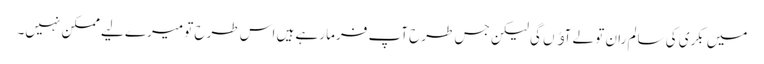
میں بکری کی سالم ران تو لے آﺅں گی لیکن جس طرح آپ فرما رہے ہیں اس طرح تو میرے لیے ممکن نہیں۔